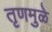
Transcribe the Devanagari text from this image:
तृणमुळे